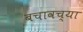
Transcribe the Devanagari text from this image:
बचावच्या